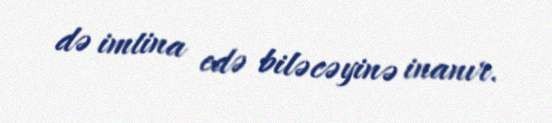
də imtina edə biləcəyinə inanır.